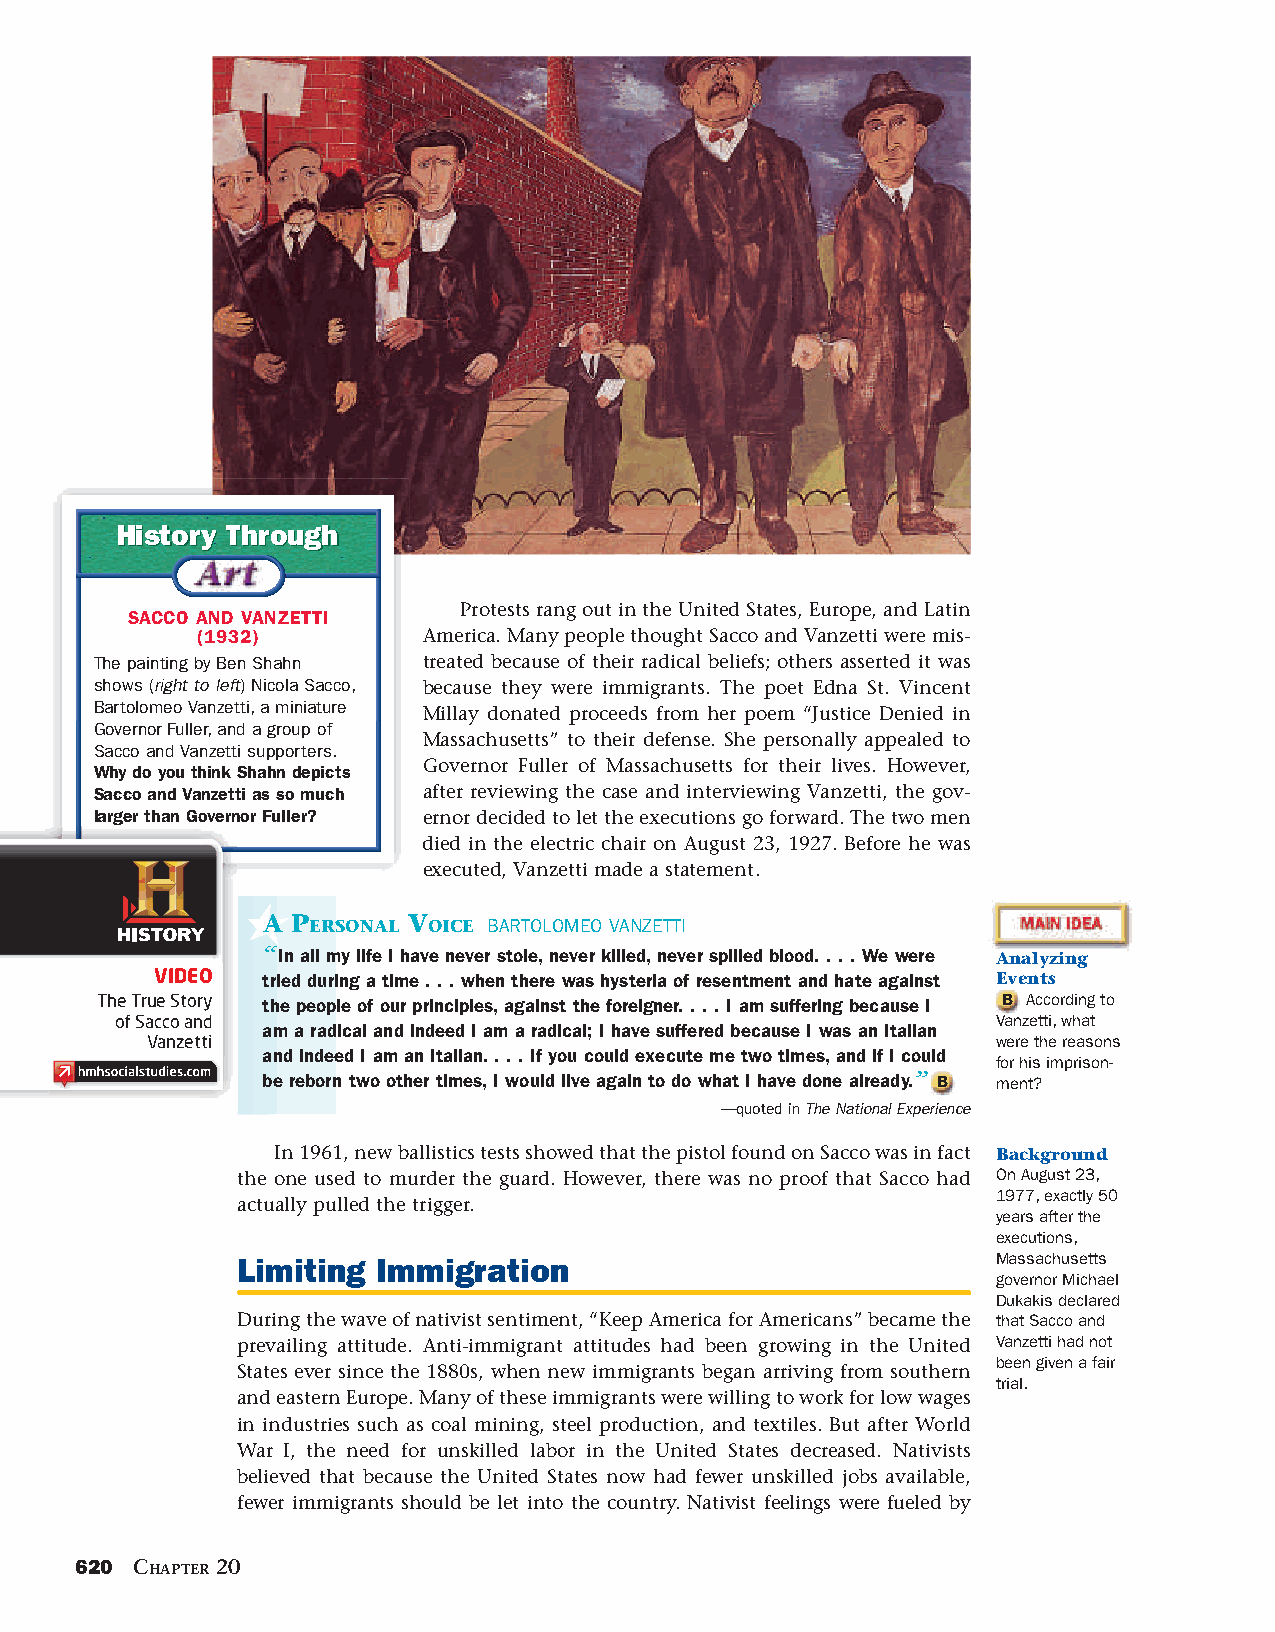
HHiissttoorryy TThhrroouugghh
 Protests rang out in the United States, Europe, and Latin
 SACCO AND VANZETTI
 (1932)         America. Many people thought Sacco and Vanzetti were mis-
 The painting by Ben Shahn treated because of their radical beliefs; others asserted it was
 shows (right to left) Nicola Sacco, because they were immigrants. The poet Edna St. Vincent
 Bartolomeo Vanzetti, a miniature
 Millay donated proceeds from her poem “Justice Denied in
 Governor Fuller, and a group of
 Massachusetts” to their defense. She personally appealed to
 Sacco and Vanzetti supporters.
 Governor Fuller of Massachusetts for their lives. However,
 Why do you think Shahn depicts
 Sacco and Vanzetti as so much after reviewing the case and interviewing Vanzetti, the gov-
 larger than Governor Fuller? ernor decided to let the executions go forward. The two men
 died in the electric chair on August 23, 1927. Before he was
 executed, Vanzetti made a statement.
 A PERSONAL VOICE BARTOLOMEO VANZETTI
 “ In all my life I have never stole, never killed, never spilled blood. . . . We were Analyzing
 VIDEO  tried during a time . . . when there was hysteria of resentment and hate against Events
 The True Story the people of our principles, against the foreigner. . . . I am suffering because I B According to
 of Sacco and                                              Vanzetti, what
 am a radical and indeed I am a radical; I have suffered because I was an Italian
 Vanzetti                                                were the reasons
 and indeed I am an Italian. . . . If you could execute me two times, and if I could
 for his imprison-
 be reborn two other times, I would live again to do what I have done already.” B ment?
 —quoted in The National Experience
 In 1961, new ballistics tests showed that the pistol found on Sacco was in fact Background
 the one used to murder the guard. However, there was no proof that Sacco had On August 23,
 1977, exactly 50
 actually pulled the trigger.
 years after the
 executions,
 Limiting Immigration                              Massachusetts
 governor Michael
 Dukakis declared
 During the wave of nativist sentiment, “Keep America for Americans” became the that Sacco and
 prevailing attitude. Anti-immigrant attitudes had been growing in the United Vanzetti had not
 been given a fair
 States ever since the 1880s, when new immigrants began arriving from southern
 trial.
 and eastern Europe. Many of these immigrants were willing to work for low wages
 in industries such as coal mining, steel production, and textiles. But after World
 War I, the need for unskilled labor in the United States decreased. Nativists
 believed that because the United States now had fewer unskilled jobs available,
 fewer immigrants should be let into the country. Nativist feelings were fueled by
 620 CHAPTER 20